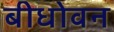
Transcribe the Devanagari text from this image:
बीधोवन